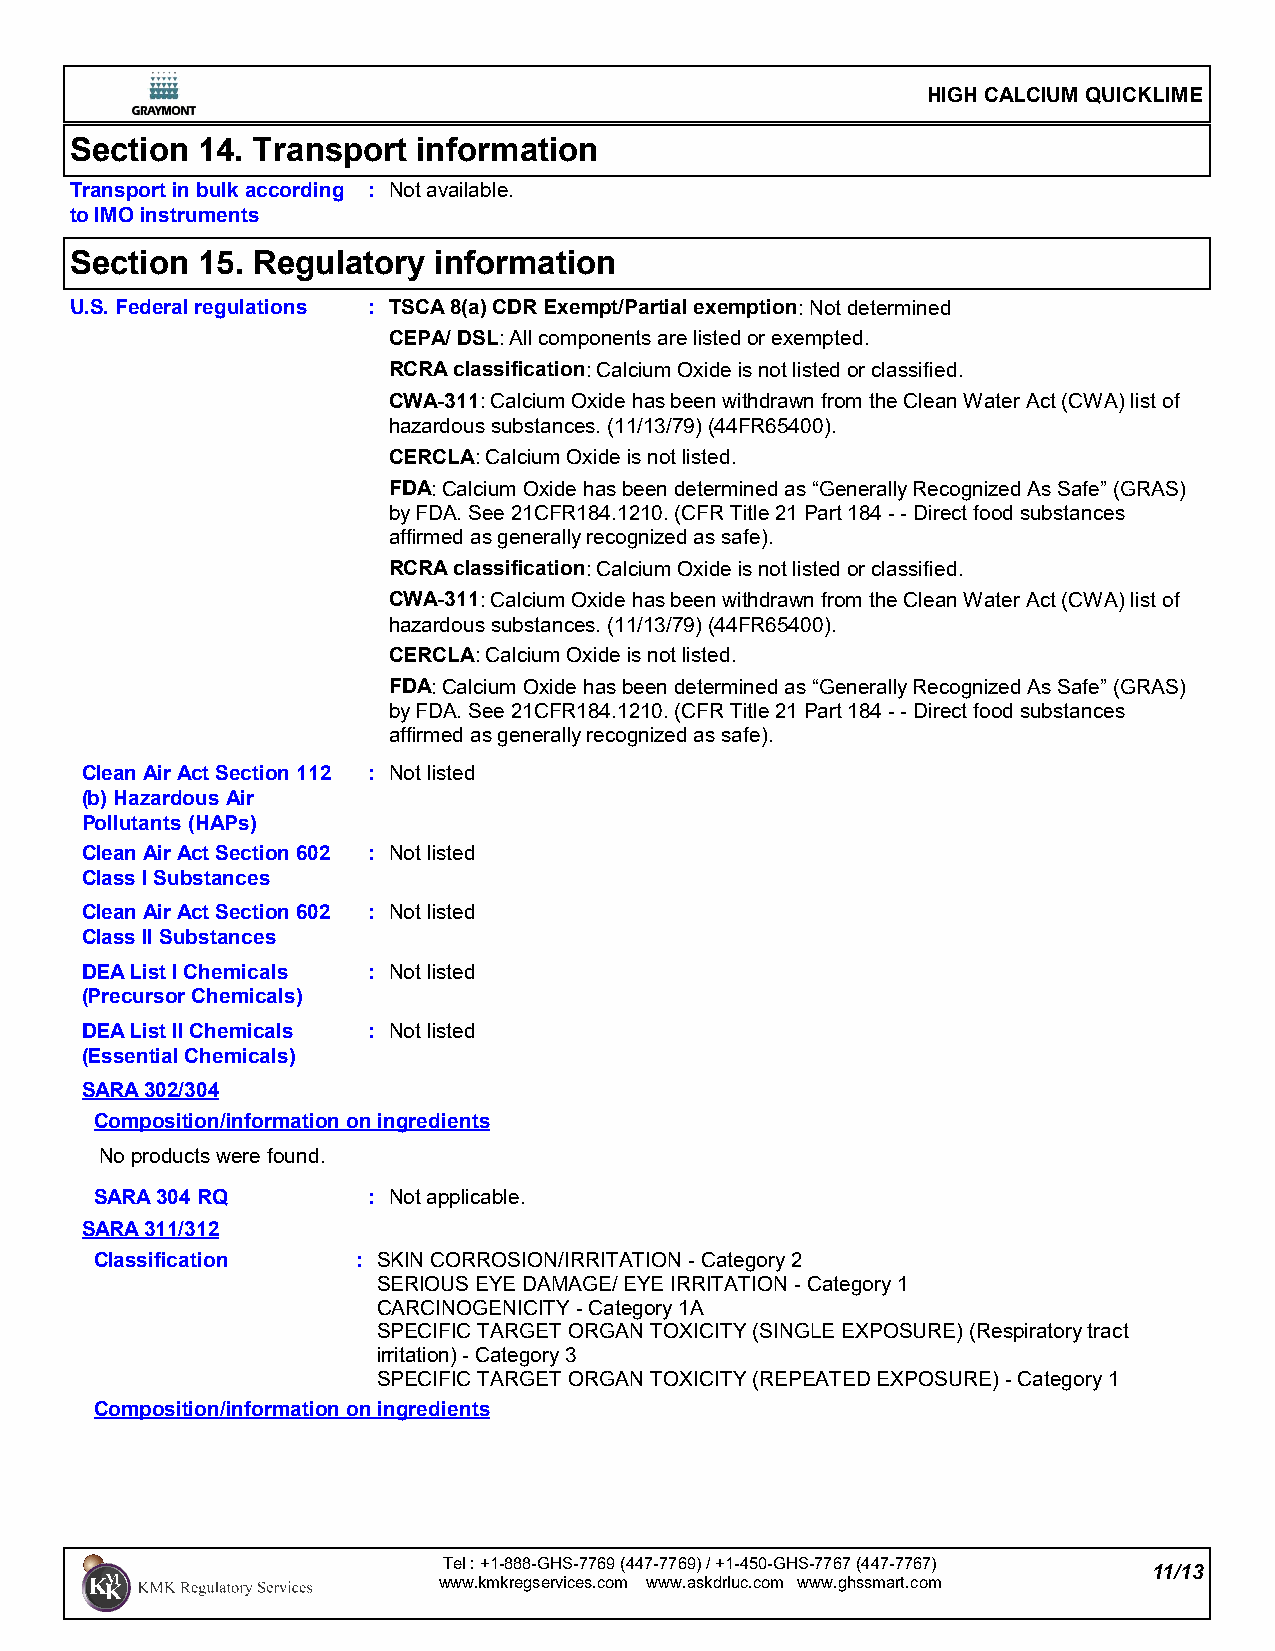
HIGH CALCIUM QUICKLIME
 Section 14. Transport  information
 Transport in bulk according : Not available.
 to IMO instruments
 Section 15. Regulatory  information
 U.S. Federal regulations : TSCA 8(a) CDR Exempt/Partial exemption: Not determined
 CEPA/ DSL: All components are listed or exempted.
 RCRA classification: Calcium Oxide is not listed or classified.
 CWA-311: Calcium Oxide has been withdrawn from the Clean Water Act (CWA) list of
 hazardous substances. (11/13/79) (44FR65400).
 CERCLA: Calcium Oxide is not listed.
 FDA: Calcium Oxide has been determined as “Generally Recognized As Safe” (GRAS)
 by FDA. See 21CFR184.1210. (CFR Title 21 Part 184 - - Direct food substances
 affirmed as generally recognized as safe).
 RCRA classification: Calcium Oxide is not listed or classified.
 CWA-311: Calcium Oxide has been withdrawn from the Clean Water Act (CWA) list of
 hazardous substances. (11/13/79) (44FR65400).
 CERCLA: Calcium Oxide is not listed.
 FDA: Calcium Oxide has been determined as “Generally Recognized As Safe” (GRAS)
 by FDA. See 21CFR184.1210. (CFR Title 21 Part 184 - - Direct food substances
 affirmed as generally recognized as safe).
 Clean Air Act Section 112 : Not listed
 (b) Hazardous Air
 Pollutants (HAPs)
 Clean Air Act Section 602 : Not listed
 Class I Substances
 Clean Air Act Section 602 : Not listed
 Class II Substances
 DEA List I Chemicals : Not listed
 (Precursor Chemicals)
 DEA List II Chemicals : Not listed
 (Essential Chemicals)
 SARA 302/304
 Composition/information on ingredients
 No products were found.
 SARA 304 RQ       : Not applicable.
 SARA 311/312
 Classification    : SKIN CORROSION/IRRITATION - Category 2
 SERIOUS EYE DAMAGE/ EYE IRRITATION - Category 1
 CARCINOGENICITY - Category 1A
 SPECIFIC TARGET ORGAN TOXICITY (SINGLE EXPOSURE) (Respiratory tract
 irritation) - Category 3
 SPECIFIC TARGET ORGAN TOXICITY (REPEATED EXPOSURE) - Category 1
 Composition/information on ingredients
 Tel : +1-888-GHS-7769 (447-7769) / +1-450-GHS-7767 (447-7767)
 11/13
 www.kmkregservices.com www.askdrluc.com www.ghssmart.com